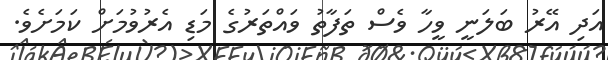
އަދި އޭރު ބަލަނީ ވީހާ ވެސް ތަަފާތު ވައްތަރުގެ މަޑި އެރުވުމަށް ކަމަށެވެ.